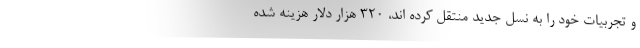
و تجربیات خود را به نسل جدید منتقل کرده اند، ۳۲۰ هزار دلار هزینه شده